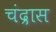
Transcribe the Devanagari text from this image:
चंद्रास